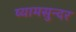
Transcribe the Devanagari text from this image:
ष्यामसुन्दर